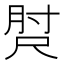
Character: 𡬰